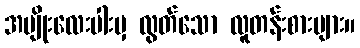
အမျိုးလေးပါးမှ လွတ်သော လူတန်းစားများ။